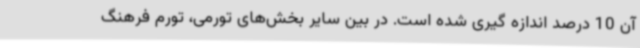
آن 10 درصد اندازه گیری شده است. در بین سایر بخش‌های تورمی، تورم فرهنگ